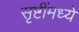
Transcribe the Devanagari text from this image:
सृष्टींमध्ये